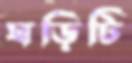
ঘড়িটি